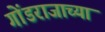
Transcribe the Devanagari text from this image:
गोंडराजाच्या